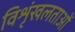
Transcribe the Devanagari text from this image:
विशृंखलताओं